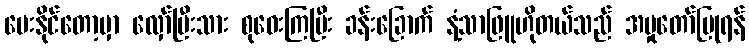
ပေးနိုင်တော့မှာ လှော်ပြီးသား စုဝေးကြပြီး ခန်းခြောက် နံ့သာဖြူဟိုတယ်သည် အမှုတော်ပြုရန်